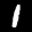
Label: 1